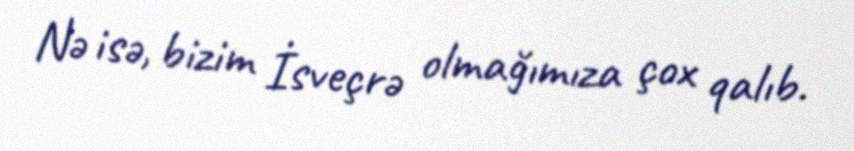
Nə isə, bizim İsveçrə olmağımıza çox qalıb.